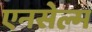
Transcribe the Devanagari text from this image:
एनसेल्म